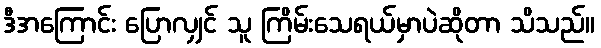
ဒီအကြောင်း ပြောလျှင် သူ ကြိမ်းသေရယ်မှာပဲဆိုတာ သိသည်။